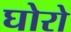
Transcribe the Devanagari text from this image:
घोरो